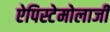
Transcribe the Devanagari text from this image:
ऐपिस्टेमोलाजी